Vital statistics of India. Vol. VI, European troops 1870-79
Year: 1870
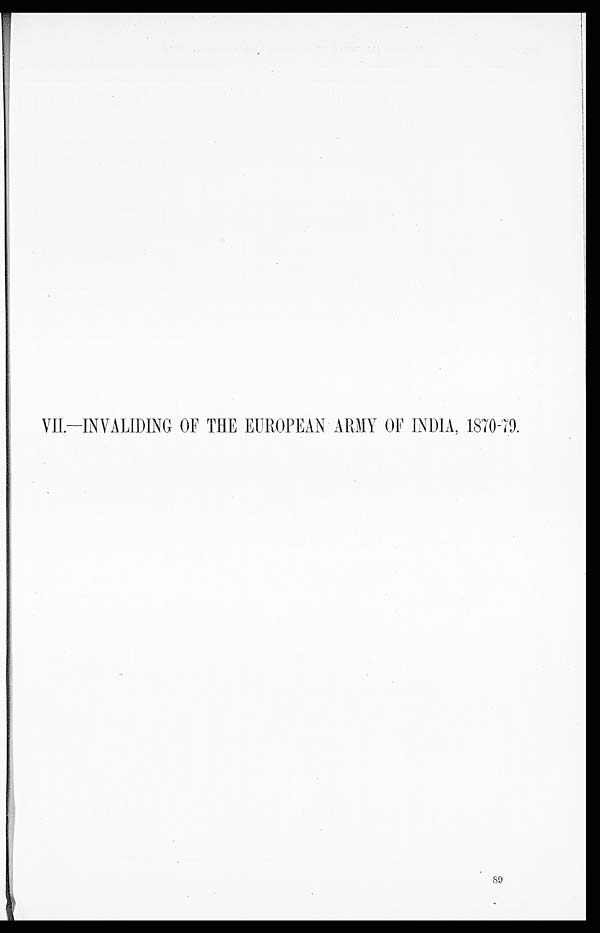
VII. —INVALIDING OF THE EUROPEAN ARMY OF INDIA, 1870-79.